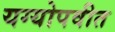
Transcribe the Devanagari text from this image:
यग्योपवीत